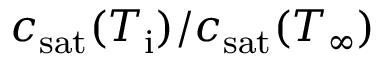
c _ { \mathrm { s a t } } ( T _ { \mathrm { i } } ) / c _ { \mathrm { s a t } } ( T _ { \infty } )